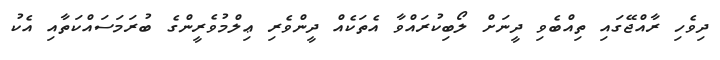
ދިވެހި ރާއްޖޭގައި ތިއްބެވި ދީނަށް ލޯބިކުރައްވާ އެތަކެއް ދީންވެރި ޢިލްމުވެރީންގެ ބުރަމަސައްކަތާއި އެކު